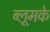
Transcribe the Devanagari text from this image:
ब्लूमके